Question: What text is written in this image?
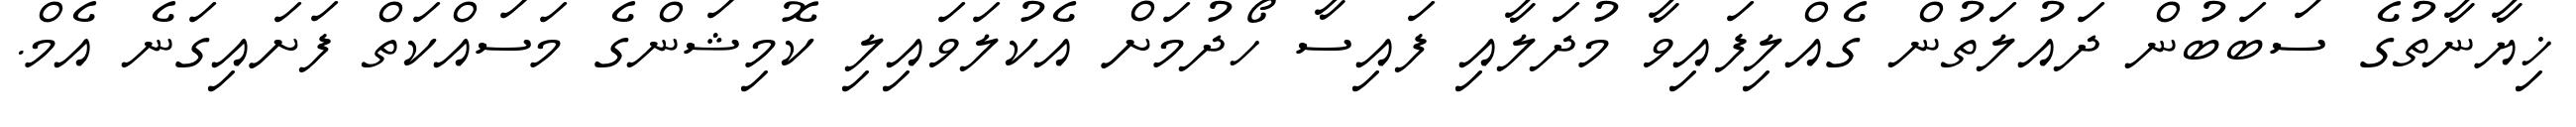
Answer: ޚިޔާނާތުގެ ސަބަބުން ދައުލަތުން ގެއްލިފައިވާ މުދަލާއި ފައިސާ ހޯދުމަށް އެކުލަވައިލި ކޮމިޝަންގެ މަސައްކަތް ފަށައިގަނެ އެމް.